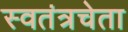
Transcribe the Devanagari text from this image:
स्वतंत्रचेता